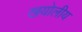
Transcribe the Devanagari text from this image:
खयोलीय